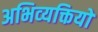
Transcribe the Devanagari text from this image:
अभिव्‍यक्तियों